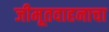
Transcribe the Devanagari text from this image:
जीमूतवाहनाचा